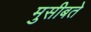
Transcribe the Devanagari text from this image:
मुसीबते